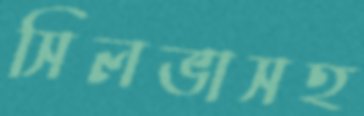
সিলভাসহ